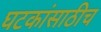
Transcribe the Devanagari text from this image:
घटकांसाठीच